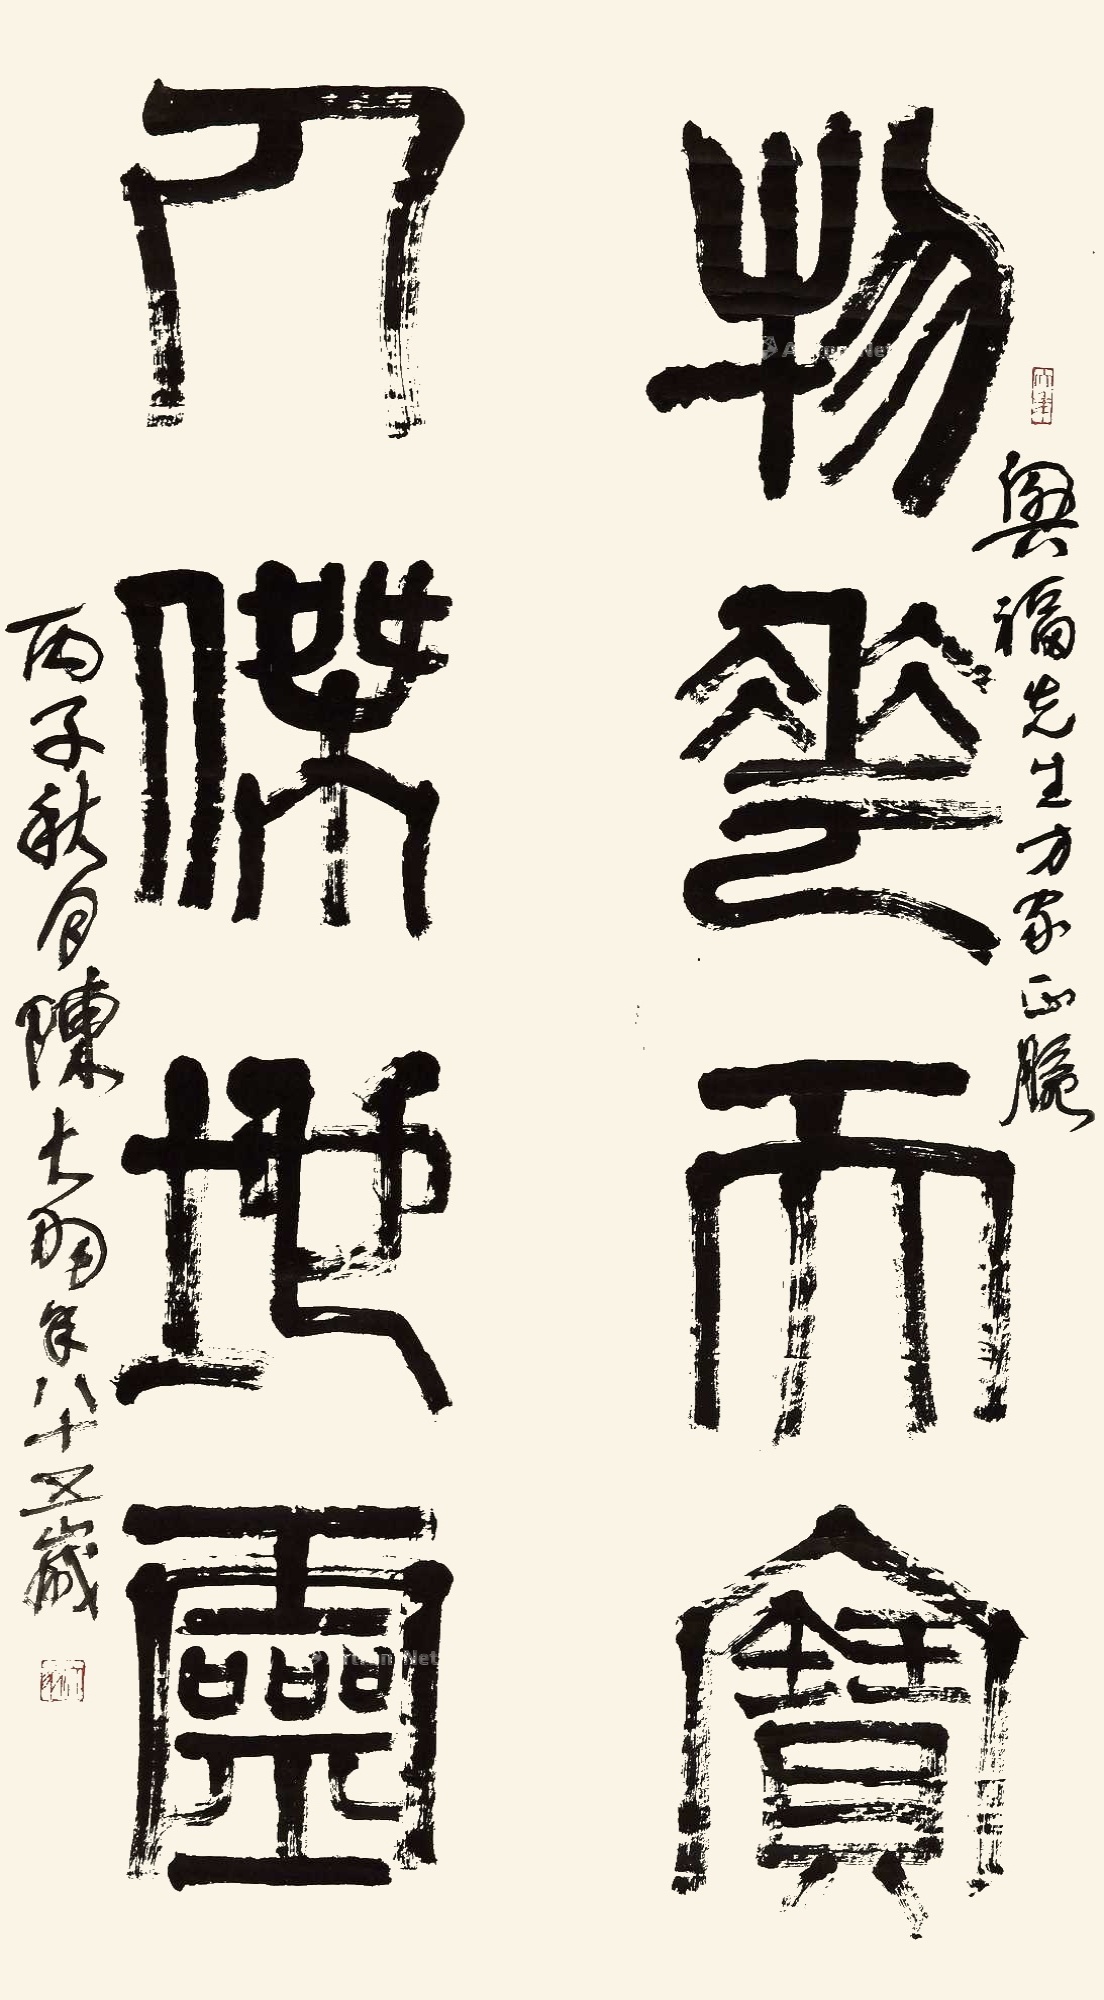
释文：物华天宝，人杰地灵。丙子秋日陈大羽年八十八岁。兴福先生方家正脉。